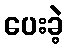
ပေးခဲ့